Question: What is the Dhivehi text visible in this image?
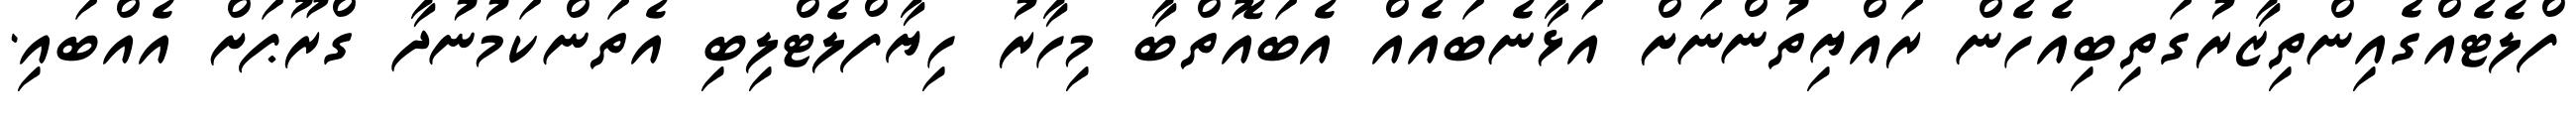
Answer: ފްލެޓެއްގެއިންތިޒާރުގަތިބިއެހެން ރައްޔިތުންނަށް އަޅާނެބައެއް އެބައޮތްބާ މިހާރު ހިޔާފްލެޓްލިބި އެތަންކަމުނުދާ ގްރޫޕަށް އެއްބައި.